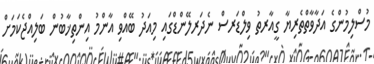
މުސްލިމުންގެ އަދާވާތްތެރިޔާ ގީއާރތު ވިލްޑަރސް ނެދަރލޭންޑްގައި މިއަދު ބޭއްވި އާންމު އިންތިޚާބުން ބަލިއްޖެކަމަށް